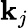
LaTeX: \mathbf{k}_{j}